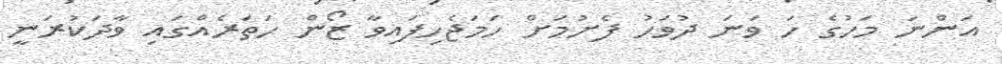
އަންނަ މަހުގެ ހަ ވަނަ ދުވަހު ފެށުމަށް ހަމަޖެހިފައިވާ ޒޯން ހަތަރެއްގައި ވާދަކުރަނީ